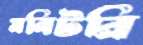
মনিটরি